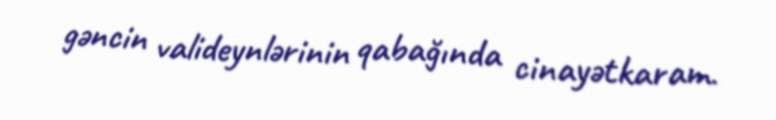
gəncin valideynlərinin qabağında cinayətkaram.